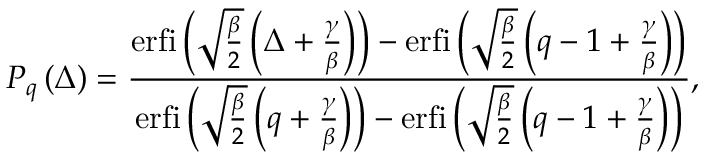
P _ { q } \left( \Delta \right) = \frac { \mathrm { e r f i } \left( \sqrt { \frac { \beta } { 2 } } \left( \Delta + \frac { \gamma } { \beta } \right) \right) - \mathrm { e r f i } \left( \sqrt { \frac { \beta } { 2 } } \left( q - 1 + \frac { \gamma } { \beta } \right) \right) } { \mathrm { e r f i } \left( \sqrt { \frac { \beta } { 2 } } \left( q + \frac { \gamma } { \beta } \right) \right) - { \mathrm { e r f i } \left( \sqrt { \frac { \beta } { 2 } } \left( q - 1 + \frac { \gamma } { \beta } \right) \right) } } ,